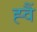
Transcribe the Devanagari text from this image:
ह्वैं